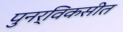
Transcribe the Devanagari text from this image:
पुनर्विकसीत